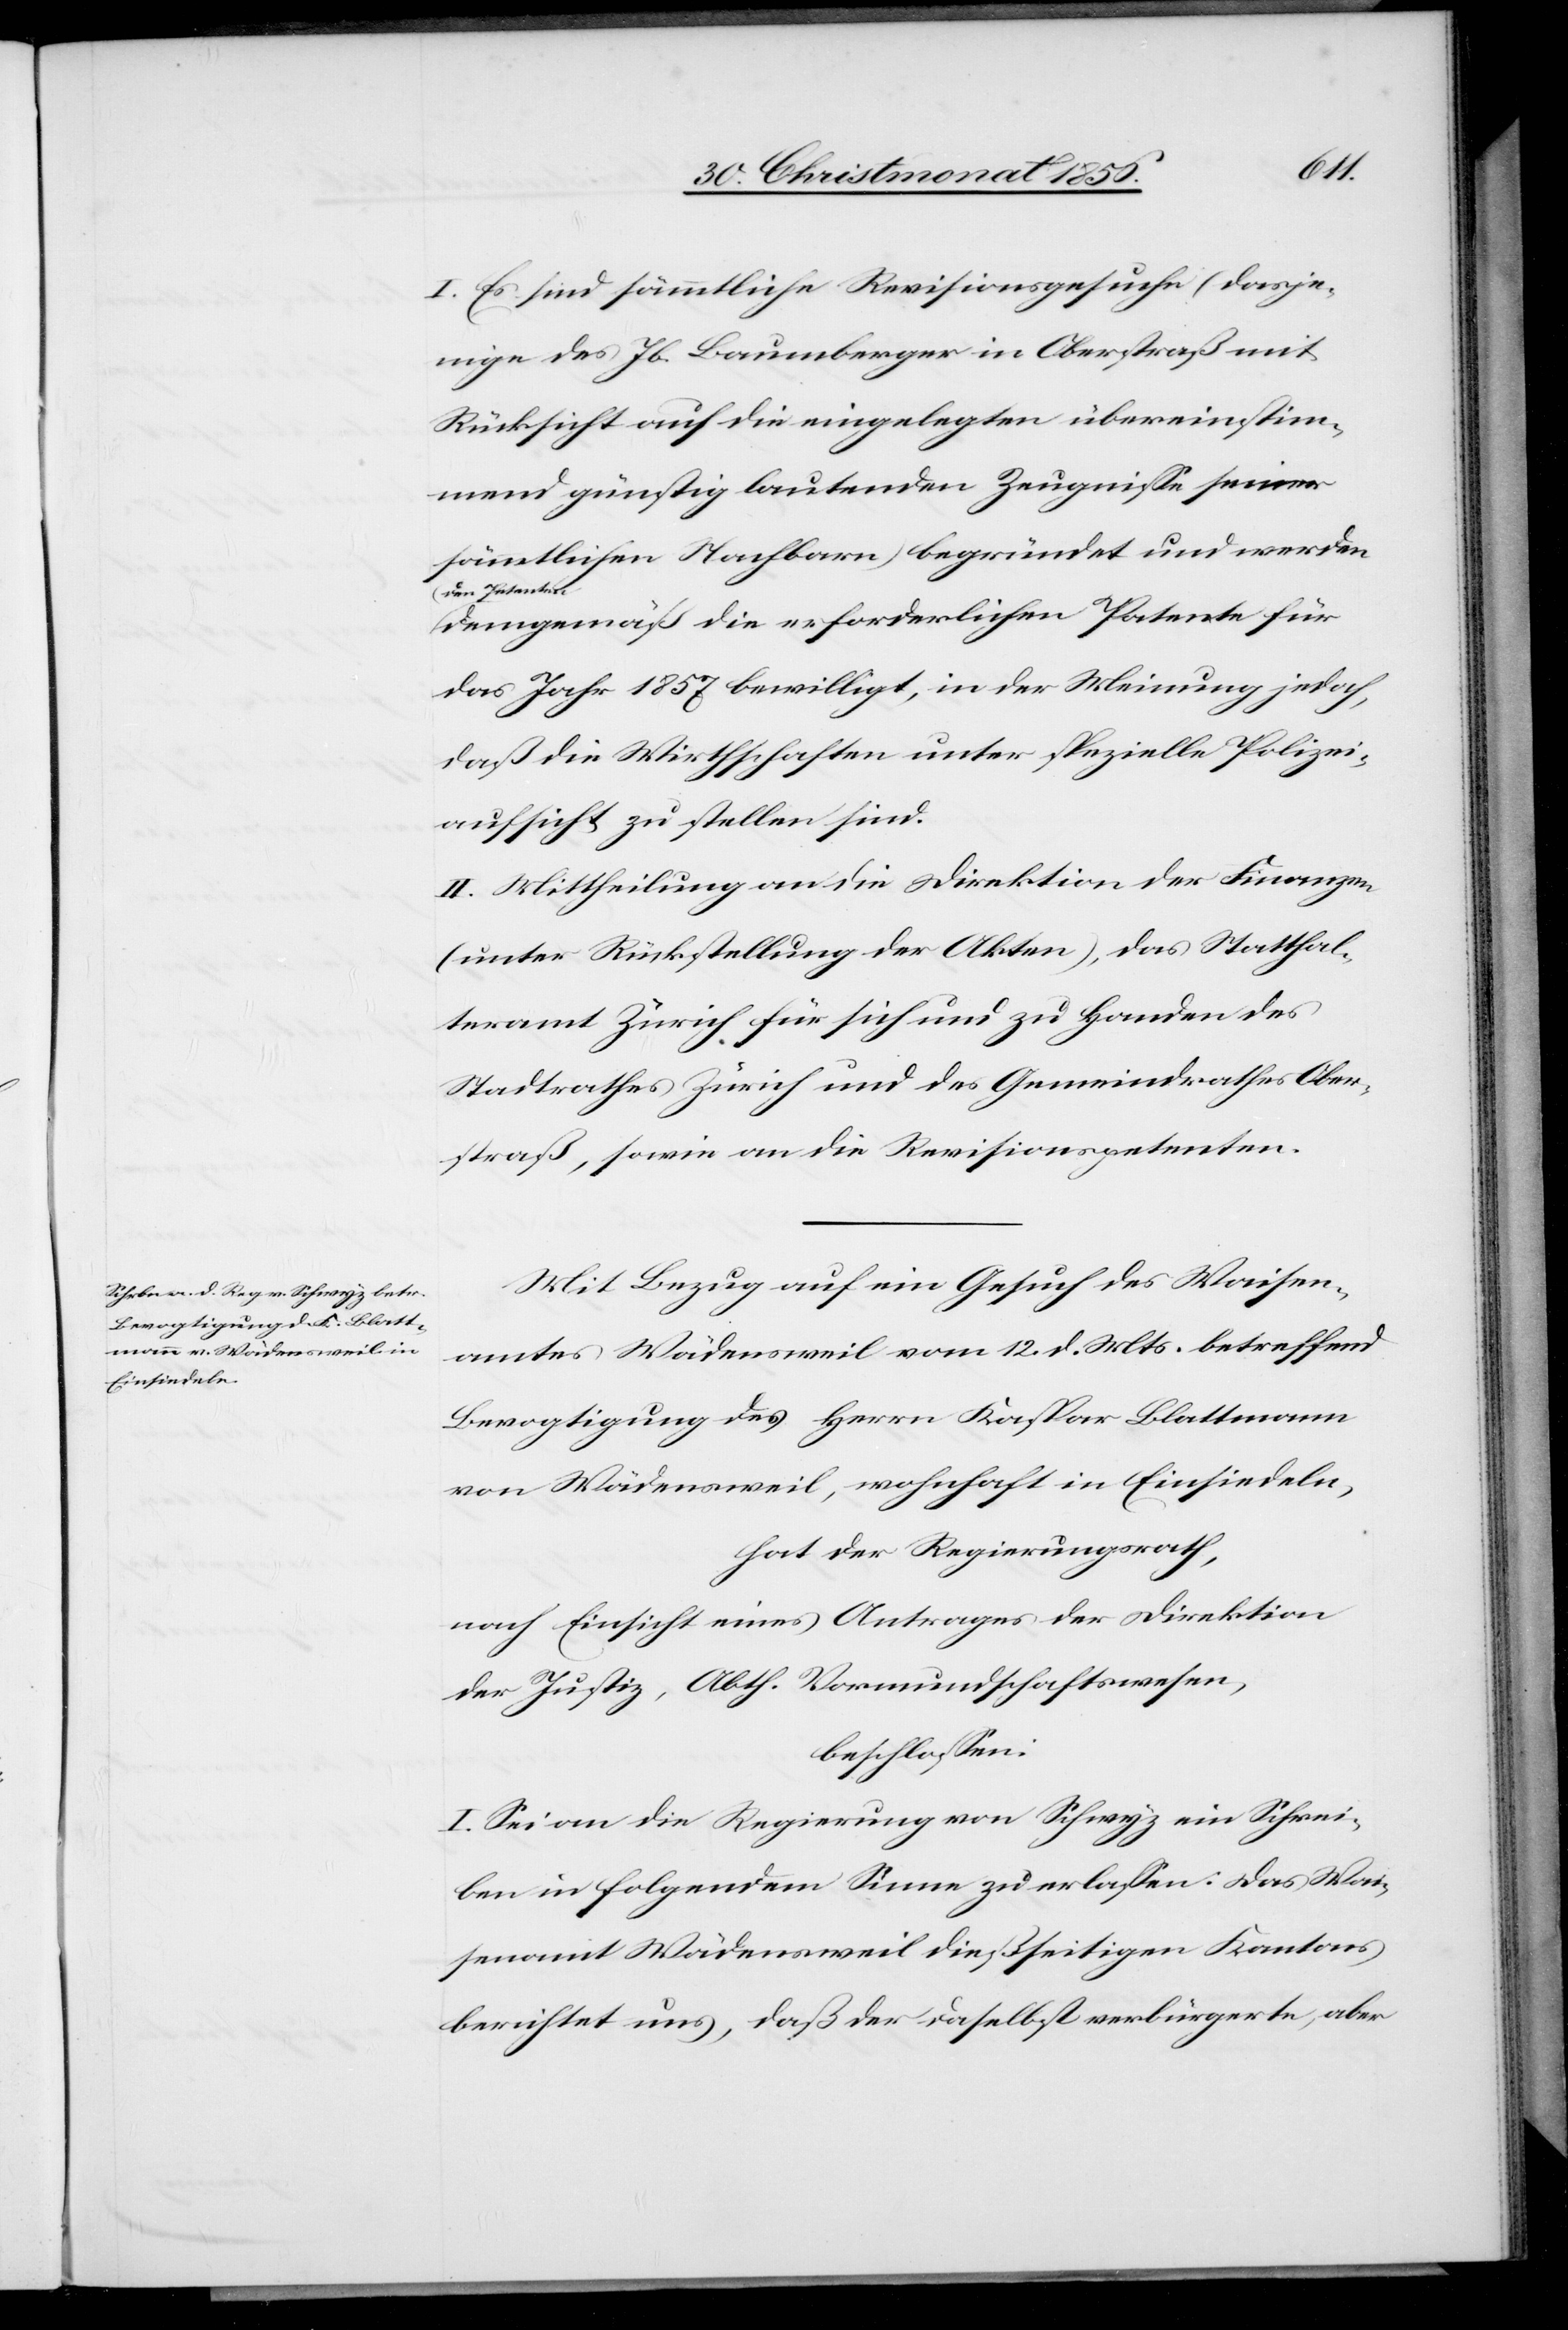
I. Es sind sämmtliche Revisionsgesuche (dasje¬
nige des Jb. Baumberger in Oberstraß mit
Rücksicht auf die eingelegten übereinstim¬
mend günstig lautenden Zeugnisse seiner
sämmtlichen Nachbarn) begründet und werden
a-den Petenten-a
demgemäß die erforderlichen Patente für
das Jahr 1857 bewilligt, in der Meinung jedoch,
daß die Wirthschaften unter spezielle Polizei¬
aufsicht zu stellen sind.
II. Mittheilung an die Direktion der Finanzen
(unter Rückstellung der Akten), das Statthal¬
teramt Zürich für sich und zu Handen des
Stadtrathes Zürich und des Gemeindrathes Ober¬
straß, sowie an die Revisionspetenten.
Mit Bezug auf ein Gesuch des Waisen¬
amtes Wädensweil vom 12. d. Mts. betreffend
Bevogtigung des Herrn Kaspar Blattmann
von Wädensweil, wohnhaft in Einsiedeln,
hat der Regierungsrath,
nach Einsicht eines Antrages der Direktion
der Justiz, Abth. Vormundschaftswesen,
beschlossen:
I. Sei an die Regierung von Schwyz ein Schrei¬
ben in folgendem Sinne zu erlassen: Das Wai¬
senamt Wädensweil dießseitigen Kantons
berichtet uns, daß der daselbst verbürgerte, aber